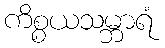
ကိစ္စယသမ္ဘာရံ